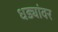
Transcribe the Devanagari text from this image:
धड्यांवर